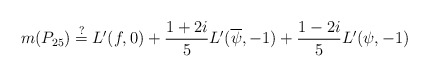
\begin{align*}m(P_{25}) \stackrel{?}{=} L'(f,0) + \frac{1+2i}{5} L'(\overline{\psi},-1) + \frac{1-2i}{5} L'(\psi,-1)\end{align*}